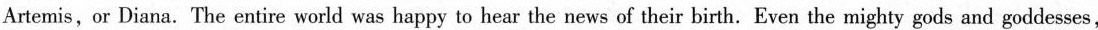
Artemis,or Diana.The entire world was happy to hear the news of their birth. Even the mighty gods and goddesses,